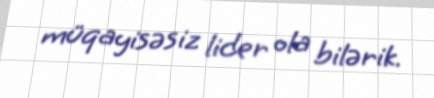
müqayisəsiz lider ola bilərik.